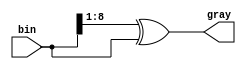
module bin_to_gray #(
    parameter data_size = 8
) (
    input wire [data_size : 0] bin,
    output wire [data_size : 0] gray
);

    assign gray = (bin >> 1) ^ bin;
    
endmodule